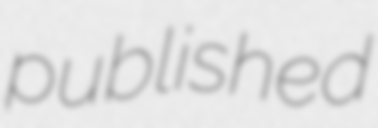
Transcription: published